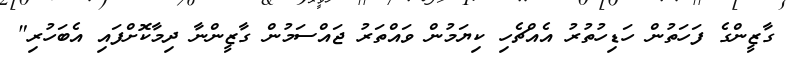
ގާޒީންގެ ފަހަތުން ހަޑިހުތުރު އެއްޗެހި ކިޔަމުން ވައްތަރު ޖައްސަމުން ގާޒީންނާ ދިމާކޮށްފައި އެބަހުރި"